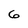
Character: 6